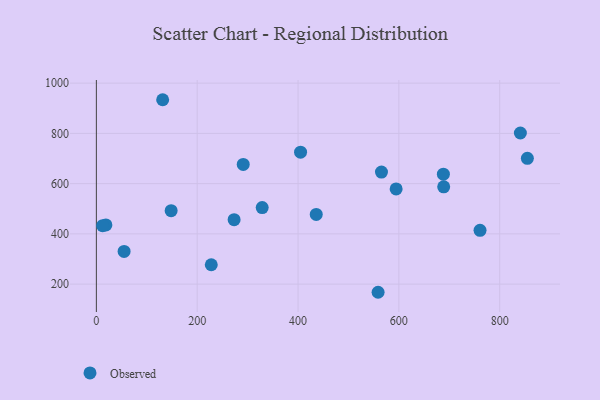
{"axis": {"x": "Investment", "y": "Profit"}, "legend": ["Observed"], "data": [{"x": "55.0", "y": 330.0, "type": "Observed"}, {"x": "148.3", "y": 492.2, "type": "Observed"}, {"x": "558.8", "y": 167.5, "type": "Observed"}, {"x": "405.0", "y": 725.1, "type": "Observed"}, {"x": "18.9", "y": 435.8, "type": "Observed"}, {"x": "594.6", "y": 579.0, "type": "Observed"}, {"x": "131.5", "y": 934.0, "type": "Observed"}, {"x": "854.9", "y": 700.6, "type": "Observed"}, {"x": "273.2", "y": 456.5, "type": "Observed"}, {"x": "841.0", "y": 801.6, "type": "Observed"}, {"x": "436.1", "y": 477.5, "type": "Observed"}, {"x": "688.9", "y": 587.1, "type": "Observed"}, {"x": "688.3", "y": 637.6, "type": "Observed"}, {"x": "565.5", "y": 645.8, "type": "Observed"}, {"x": "12.4", "y": 432.5, "type": "Observed"}, {"x": "761.0", "y": 414.0, "type": "Observed"}, {"x": "328.9", "y": 504.5, "type": "Observed"}, {"x": "291.3", "y": 676.3, "type": "Observed"}, {"x": "227.9", "y": 277.1, "type": "Observed"}]}